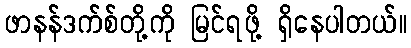
ဖာနန်ဒက်စ်တို့ကို မြင်ရဖို့ ရှိနေပါတယ်။